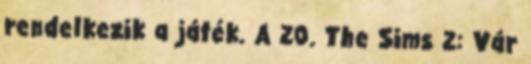
rendelkezik a játék. A 20. The Sims 2: Vár